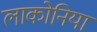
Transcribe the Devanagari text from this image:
लाकोनिया